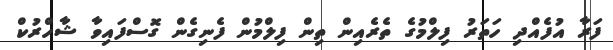
ފަރާ އުފެއްދި ހަތަރު ފިލްމުގެ ތެރެއިން ތިން ފިލްމުން ފެނިގެން ގޮސްފައިވާ ޝާހްރުކް